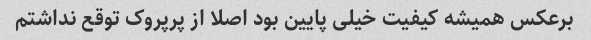
برعکس همیشه کیفیت خیلی پایین بود اصلا از پرپروک توقع نداشتم